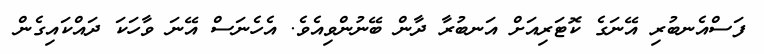
ފަސްއެނބުރި އޭނަގެ ކޮޓަރިއަށް އަނބުރާ ދާން ބޭނުންވިއެވެ. އެހެނަސް އޭނަ ވާހަކަ ދައްކައިގެން